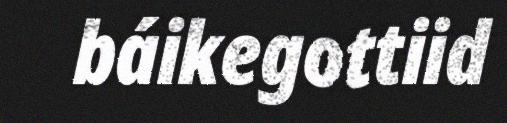
báikegottiid